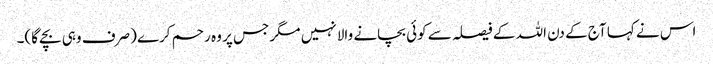
اس نے کہا آج کے دن اللہ کے فیصلہ سے کوئی بچانے والا نہیں مگر جس پر وہ رحم کرے (صرف وہی بچے گا)۔